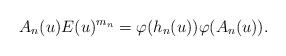
\begin{align*}A_n (u) E(u)^{m_n}= \varphi (h_n (u)) \varphi (A_n(u)).\end{align*}